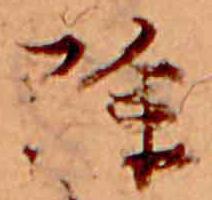
除